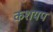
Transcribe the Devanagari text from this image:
कशयप